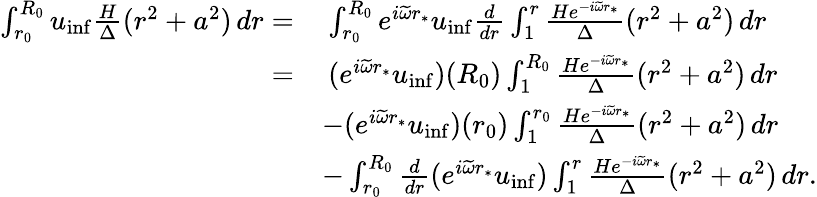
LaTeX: \begin{array}{rl}{\int_{r_{0}}^{R_{0}}u_{\mathrm{inf}}\frac{H}{\Delta}(r^{2}+a^{2})\, dr=}&{\: \int_{r_{0}}^{R_{0}}e^{i\widetilde{\omega}r_{*}}{u}_{\mathrm{inf}}\frac{d}{dr}\int_{1}^{r}\frac{He^{-i\widetilde{\omega}r_{*}}}{\Delta}(r^{2}+a^{2})\, dr}\\ {=}&{\: (e^{i\widetilde{\omega}r_{*}}{u}_{\mathrm{inf}})(R_{0})\int_{1}^{R_{0}}\frac{He^{-i\widetilde{\omega}r_{*}}}{\Delta}(r^{2}+a^{2})\, dr}\\ &{-(e^{i\widetilde{\omega}r_{*}}{u}_{\mathrm{inf}})(r_{0})\int_{1}^{r_{0}}\frac{He^{-i\widetilde{\omega}r_{*}}}{\Delta}(r^{2}+a^{2})\, dr}\\ &{-\int_{r_{0}}^{R_{0}}\frac{d}{dr}(e^{i\widetilde{\omega}r_{*}}{u}_{\mathrm{inf}})\int_{1}^{r}\frac{He^{-i\widetilde{\omega}r_{*}}}{\Delta}(r^{2}+a^{2})\, dr.}\end{array}